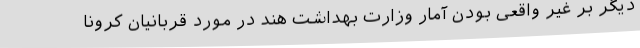
دیگر بر غیر واقعی بودن آمار وزارت بهداشت هند در مورد قربانیان کرونا